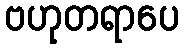
ဗဟုတရာပေ